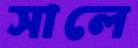
সালে